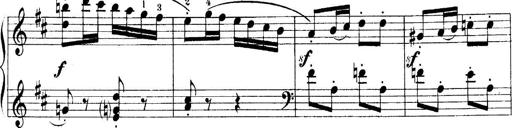
Title: 4 Sonatines
Composer: Max Reger